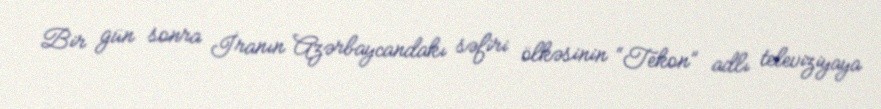
Bir gün sonra İranın Azərbaycandakı səfiri ölkəsinin “Tekon” adlı televiziyaya